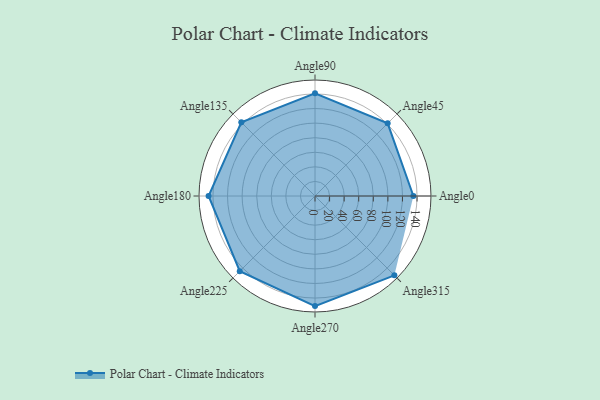
{"axis": {"x": "Angle", "y": "Radius"}, "legend": [""], "data": [{"x": "Angle0", "y": 135.0, "type": ""}, {"x": "Angle45", "y": 141.0, "type": ""}, {"x": "Angle90", "y": 141.0, "type": ""}, {"x": "Angle135", "y": 143.0, "type": ""}, {"x": "Angle180", "y": 146.0, "type": ""}, {"x": "Angle225", "y": 146.0, "type": ""}, {"x": "Angle270", "y": 151.0, "type": ""}, {"x": "Angle315", "y": 154.0, "type": ""}]}